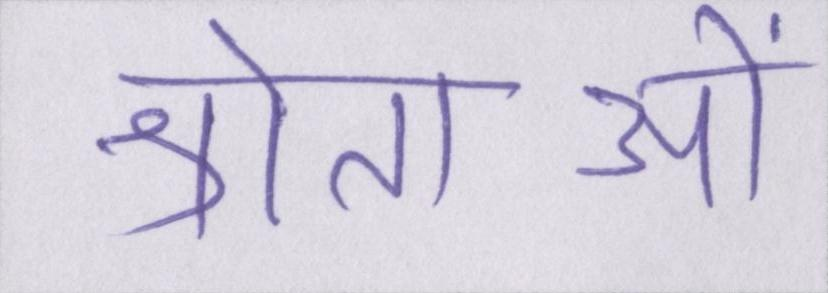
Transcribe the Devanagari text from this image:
श्रोताओं